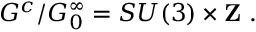
{ \cal G } ^ { c } / { \cal G } _ { 0 } ^ { \infty } = S U ( 3 ) \times { \bf Z \ } .